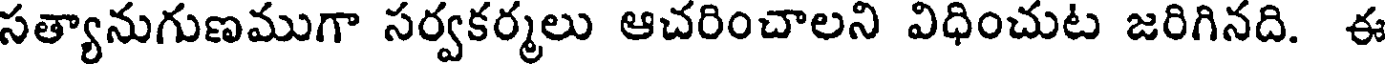
సత్యానుగుణముగా సర్వకర్మలు ఆచరించాలని విధించుట జరిగినది. ఈ